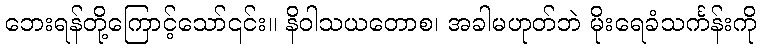
ဘေးရန်တို့ကြောင့်သော်၎င်း။ နိဝါသယတောစ၊ အခါမဟုတ်ဘဲ မိုးရေခံသင်္ကန်းကို